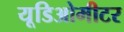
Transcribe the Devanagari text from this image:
यूडिओमीटर